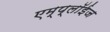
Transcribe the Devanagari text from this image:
एम्प्लॉईज